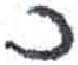
אות: כ